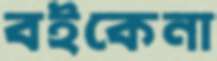
বইকেনা